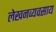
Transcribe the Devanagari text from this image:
लेखनव्यवसाय